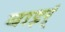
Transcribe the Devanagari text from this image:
बाइर्ं